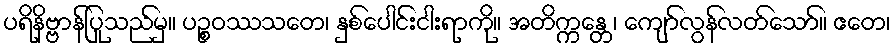
ပရိနိဗ္ဗာန်ပြုသည်မှ။ ပဉ္စဝဿသတေ၊ နှစ်ပေါင်းငါးရာကို။ အတိက္ကန္တေ၊ ကျော်လွန်လတ်သော်။ ဧတေ၊